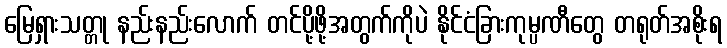
မြေရှားသတ္တု နည်းနည်းလောက် တင်ပို့ဖို့အတွက်ကိုပဲ နိုင်ငံခြားကုမ္ပဏီတွေ တရုတ်အစိုးရ